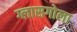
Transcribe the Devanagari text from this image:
ग्लासगोला